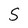
Character: S